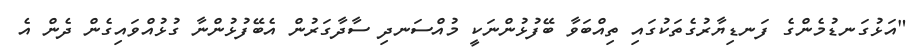
"އަޅުގަނޑުމެންގެ ފަނޑިޔާރުގެތަކުގައި ތިއްބަވާ ބޭފުޅުންނަކީ މުއްސަނދި ސާދާގަރުން އެބޭފުޅުންނާ ގުޅުއްވައިގެން ދެން އެ